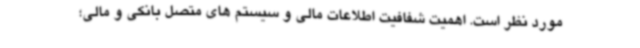
مورد نظر است. اهمیت شفافیت اطلاعات مالی و سیستم های متصل بانکی و مالی؛